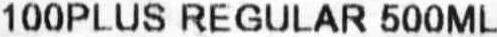
100PLUS REGULAR 500ML